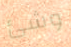
وشئ